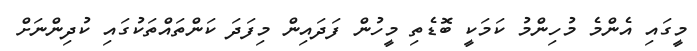
މީގައި އެންމެ މުހިންމު ކަމަކީ ބޮޑެތި މީހުން ފަދައިން މިފަދަ ކަންތައްތަކުގައި ކުދިންނަށް